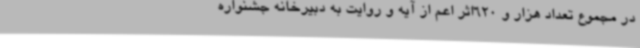
در مجموع تعداد هزار و 620اثر اعم از آیه و روایت به دبیرخانه جشنواره